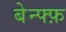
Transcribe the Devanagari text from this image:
बेन्फ्फ़